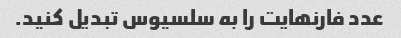
عدد فارنهایت را به سلسیوس تبدیل کنید.